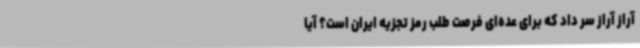
آراز آراز سر داد که برای عده‌ای فرصت طلب رمز تجزیه ایران است؟ آیا